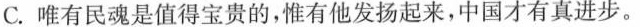
C.唯有民魂是值得宝贵的，惟有他发扬起来，中国才有真进步。